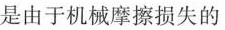
是由于机械摩擦损失的